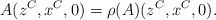
\begin{align*}A(z^C,x^C,0)=\rho(A)(z^C,x^C,0).\end{align*}